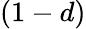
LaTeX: (1-d)